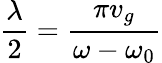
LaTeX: \frac{\lambda}{2}=\frac{\pi v_{g}}{\omega-\omega_{0}}